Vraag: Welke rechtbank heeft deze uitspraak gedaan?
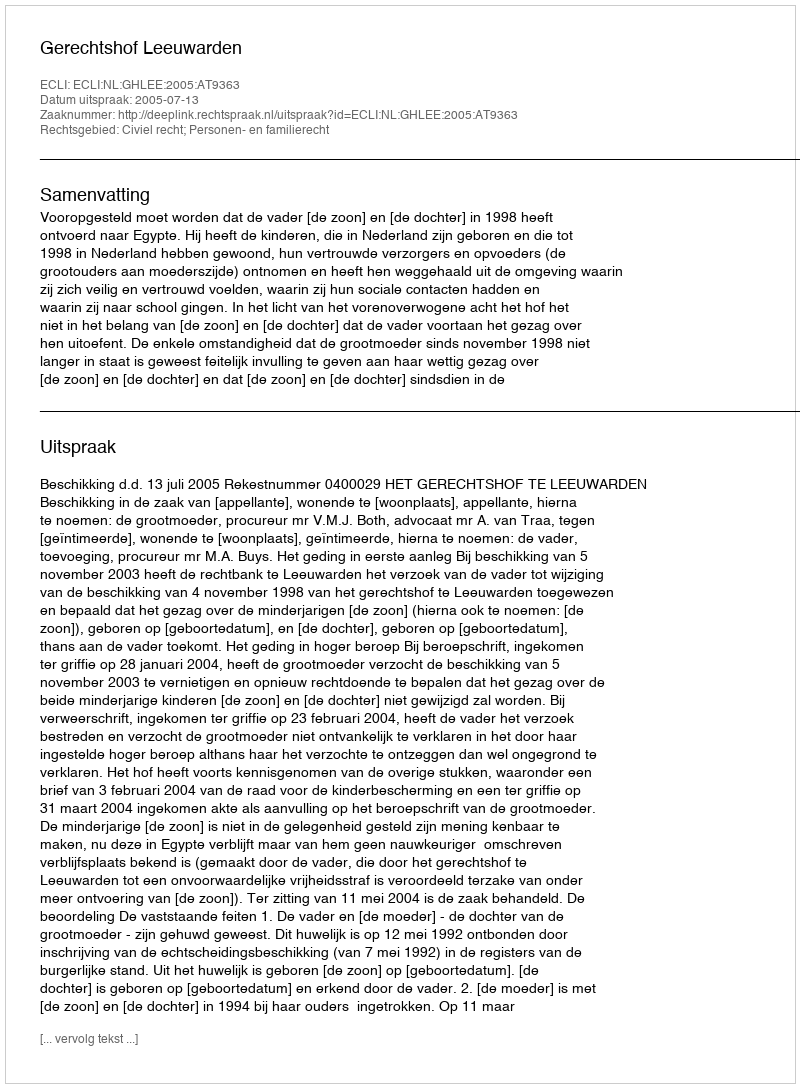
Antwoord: Gerechtshof Leeuwarden